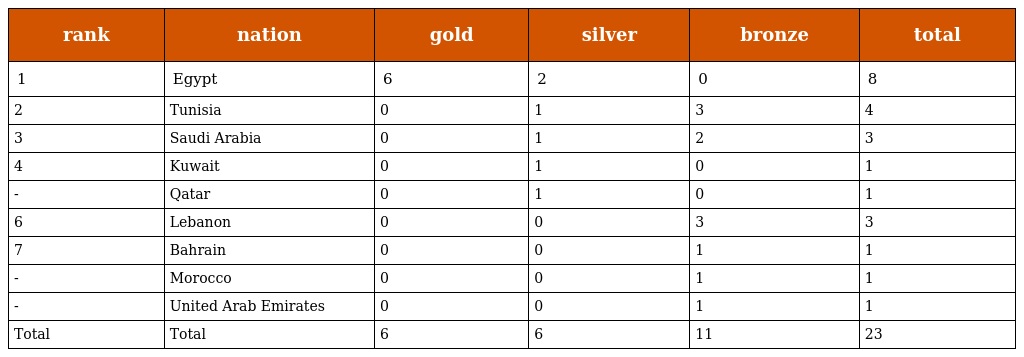
| rank | nation | gold | silver | bronze | total |
 | --- | --- | --- | --- | --- | --- |
 | 1 | Egypt | 6 | 2 | 0 | 8 |
 | 2 | Tunisia | 0 | 1 | 3 | 4 |
 | 3 | Saudi Arabia | 0 | 1 | 2 | 3 |
 | 4 | Kuwait | 0 | 1 | 0 | 1 |
 | - | Qatar | 0 | 1 | 0 | 1 |
 | 6 | Lebanon | 0 | 0 | 3 | 3 |
 | 7 | Bahrain | 0 | 0 | 1 | 1 |
 | - | Morocco | 0 | 0 | 1 | 1 |
 | - | United Arab Emirates | 0 | 0 | 1 | 1 |
 | Total | Total | 6 | 6 | 11 | 23 |